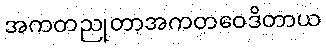
အကတညုတာအကတဝေဒိတာယ